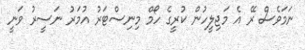
ނަމަވެސް ރޭ އެ މަޖިލީހުން ކުރީގެ ހޯމް މިނިސްޓަރު އުމަރު ނަސީރު ވަނީ